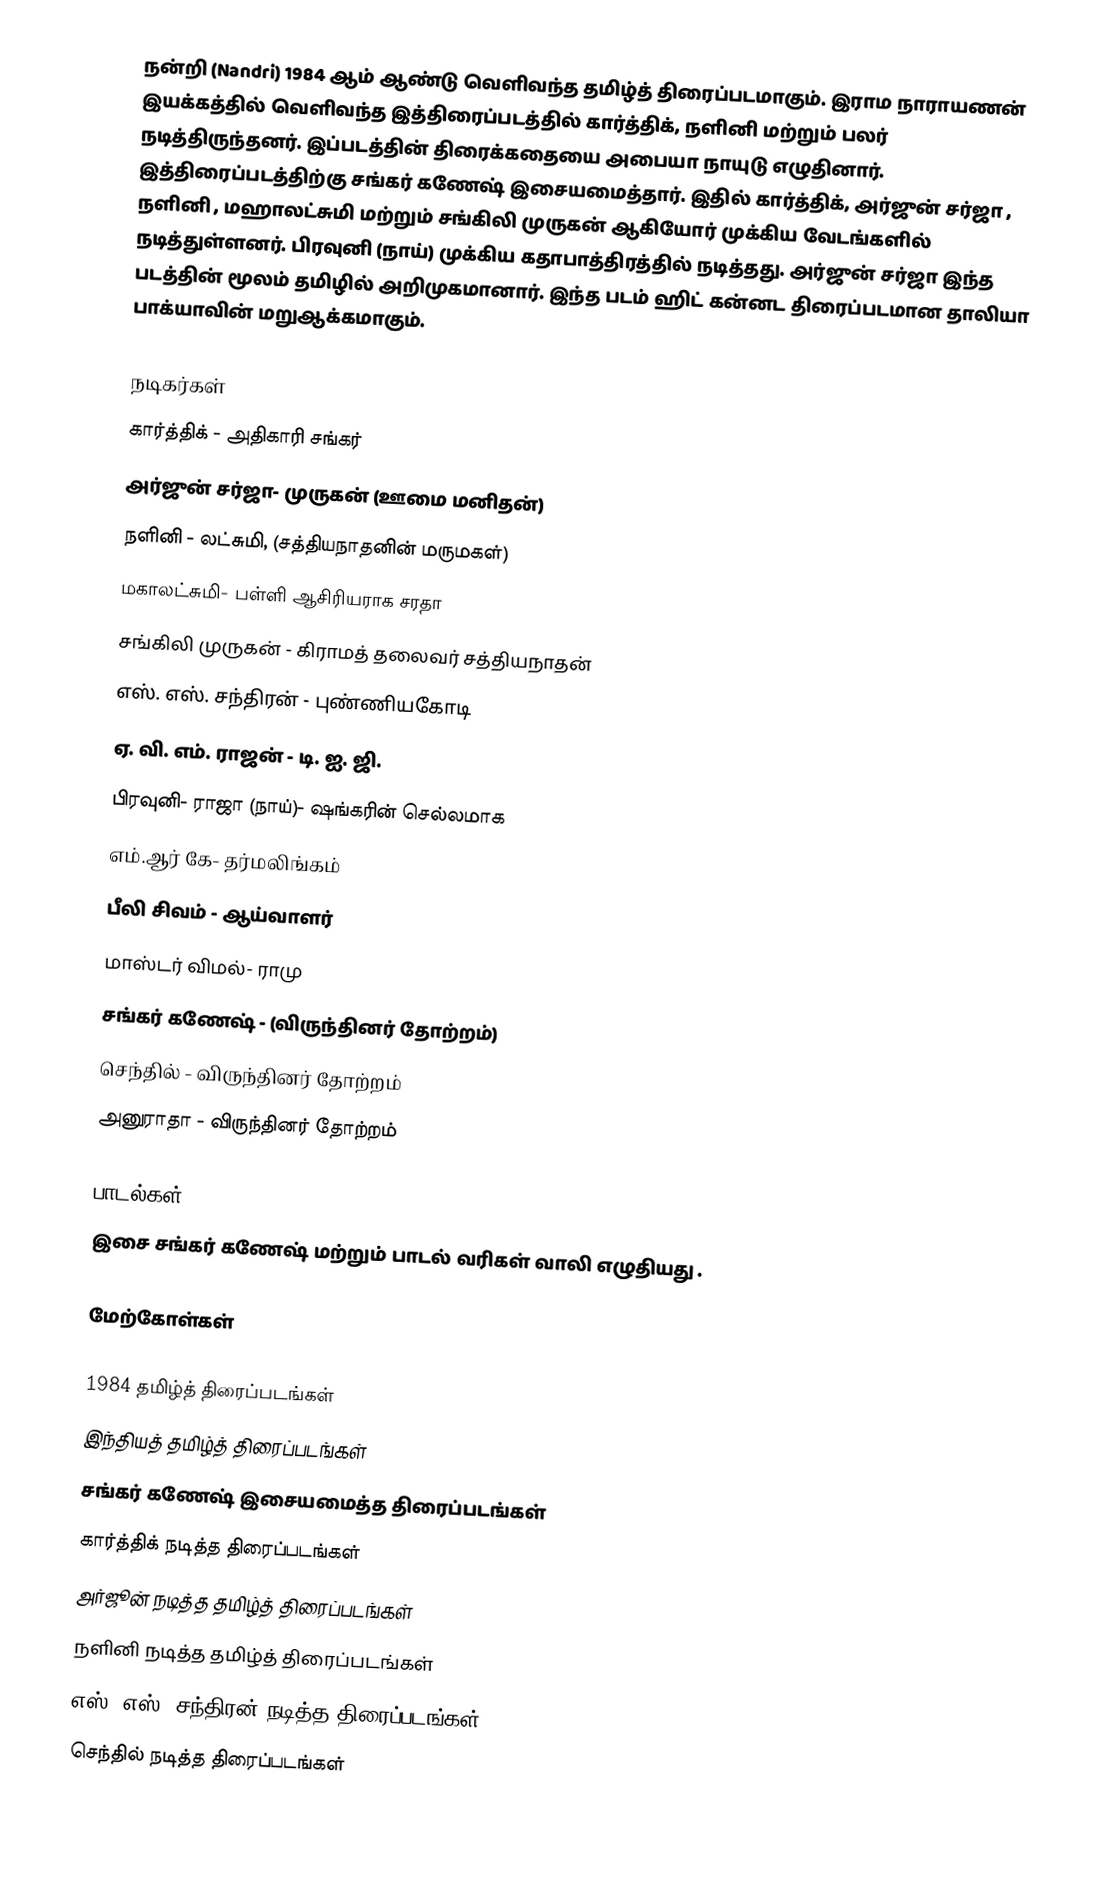
நன்றி (Nandri) 1984 ஆம் ஆண்டு வெளிவந்த தமிழ்த் திரைப்படமாகும். இராம நாராயணன் இயக்கத்தில் வெளிவந்த இத்திரைப்படத்தில் கார்த்திக், நளினி மற்றும் பலர் நடித்திருந்தனர். இப்படத்தின் திரைக்கதையை அபையா நாயுடு எழுதினார். இத்திரைப்படத்திற்கு சங்கர் கணேஷ் இசையமைத்தார். இதில் கார்த்திக், அர்ஜுன் சர்ஜா , நளினி , மஹாலட்சுமி மற்றும் சங்கிலி முருகன் ஆகியோர் முக்கிய வேடங்களில் நடித்துள்ளனர். பிரவுனி (நாய்) முக்கிய கதாபாத்திரத்தில் நடித்தது. அர்ஜுன் சர்ஜா இந்த படத்தின் மூலம் தமிழில் அறிமுகமானார். இந்த படம் ஹிட் கன்னட திரைப்படமான தாலியா பாக்யாவின் மறுஆக்கமாகும்.

நடிகர்கள்
 கார்த்திக் - அதிகாரி சங்கர்
 அர்ஜுன் சர்ஜா- முருகன் (ஊமை மனிதன்)
 நளினி - லட்சுமி, (சத்தியநாதனின் மருமகள்)
 மகாலட்சுமி- பள்ளி ஆசிரியராக சரதா
 சங்கிலி முருகன் - கிராமத் தலைவர் சத்தியநாதன்
 எஸ். எஸ். சந்திரன் - புண்ணியகோடி
 ஏ. வி. எம். ராஜன் - டி. ஐ. ஜி.
 பிரவுனி- ராஜா (நாய்)- ஷங்கரின் செல்லமாக
 எம்.ஆர் கே- தர்மலிங்கம்
 பீலி சிவம் - ஆய்வாளர்
 மாஸ்டர் விமல்- ராமு
 சங்கர் கணேஷ் - (விருந்தினர் தோற்றம்)
 செந்தில் - விருந்தினர் தோற்றம்
 அனுராதா - விருந்தினர் தோற்றம்

பாடல்கள்
இசை சங்கர் கணேஷ் மற்றும் பாடல் வரிகள் வாலி எழுதியது .

மேற்கோள்கள்

1984 தமிழ்த் திரைப்படங்கள்
இந்தியத் தமிழ்த் திரைப்படங்கள்
சங்கர் கணேஷ் இசையமைத்த திரைப்படங்கள்
கார்த்திக் நடித்த திரைப்படங்கள்
அர்ஜூன் நடித்த தமிழ்த் திரைப்படங்கள்
நளினி நடித்த தமிழ்த் திரைப்படங்கள்
எஸ். எஸ். சந்திரன் நடித்த திரைப்படங்கள்
செந்தில் நடித்த திரைப்படங்கள்